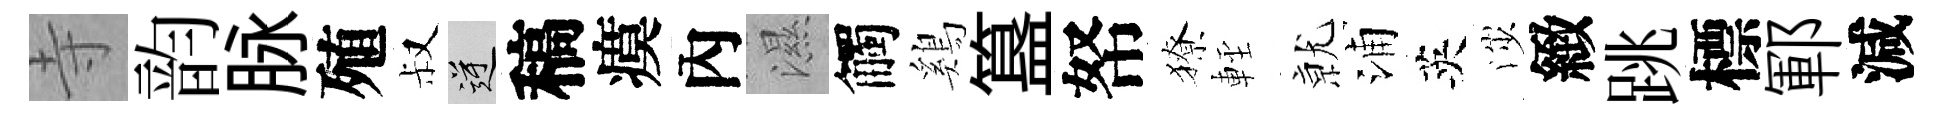
寺韵脉殖叔逆稿瘼內濕觸鷄簋帑獠䡖𭕒浦英渉緻跳標鄆減